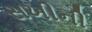
સખીની